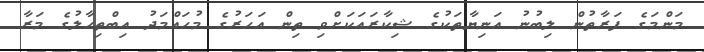
މަންމަގެ ފަރާތުން ލިބުނު އަނިޔާތަކުގެ ޝިކާރައަކަށްވި ތިން އަހަރުގެ މުހައްމަދު އިބްތިހާލުގެ މަރާ